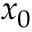
x _ { 0 }